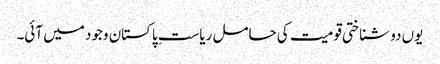
یوں دو شناختی قومیت کی حامل ریاستِ پاکستان وجود میں آئی۔